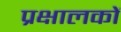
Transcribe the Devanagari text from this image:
प्रक्षालकों